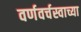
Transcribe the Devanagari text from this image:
वर्णवर्चस्वाच्या